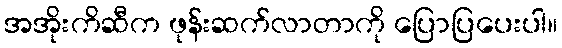
အအိုးကိဆီက ဖုန်းဆက်လာတာကို ပြောပြပေးပါ။